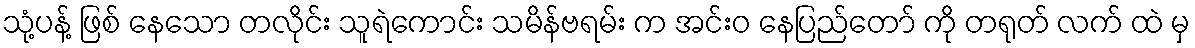
သုံ့ပန့် ဖြစ် နေသော တလိုင်း သူရဲကောင်း သမိန်ဗရမ်း က အင်းဝ နေပြည်တော် ကို တရုတ် လက် ထဲ မှ